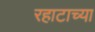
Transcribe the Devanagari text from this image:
रहाटाच्या